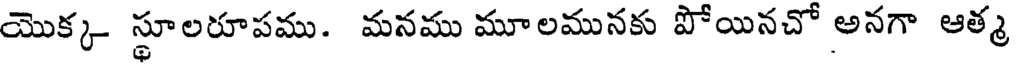
యొక్క స్థూలరూపము. మనము మూలమునకు పోయినచో అనగా ఆత్మ